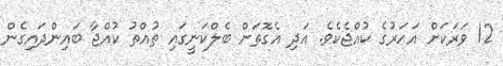
12 ވަރަކަށް އަހަރުގެ ކުއްޖެކެވެ. އަދި އެގޮތަށް ބެލްކަނީގައި ތުއްތު ކުއްޖާ ބައިންދައިގެން